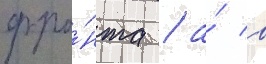
фро́нта / а́ в